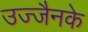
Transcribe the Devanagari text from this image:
उज्जैनके